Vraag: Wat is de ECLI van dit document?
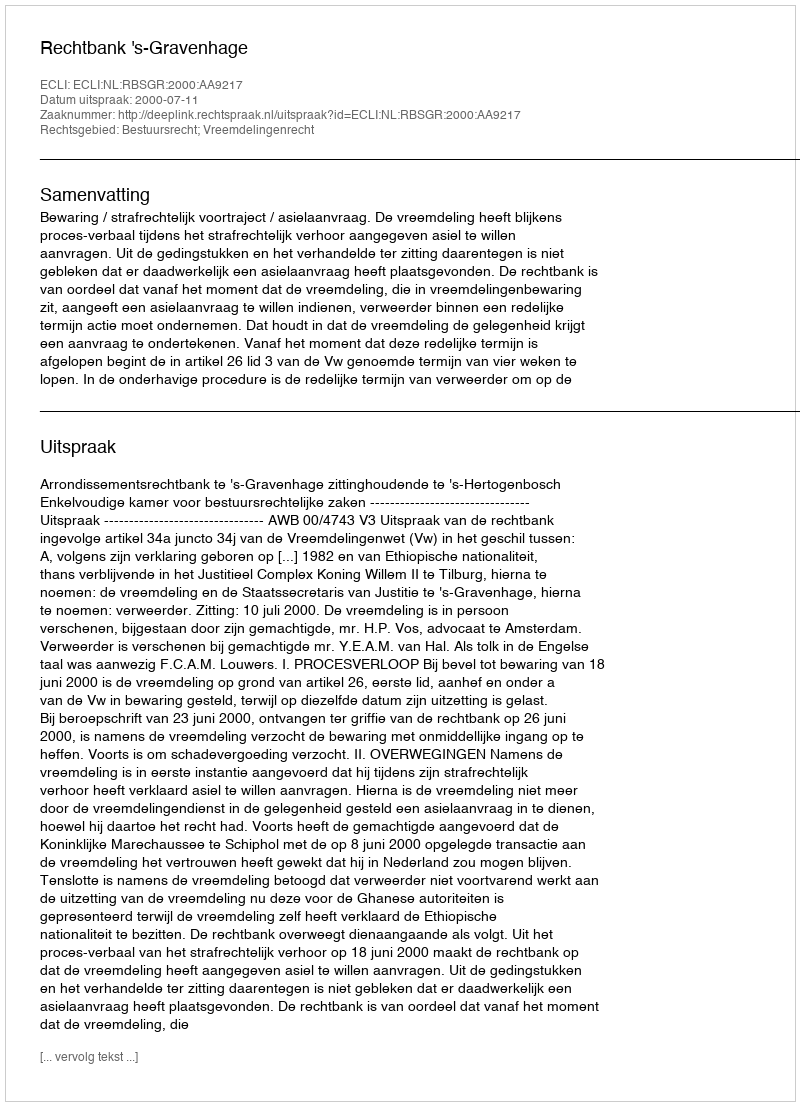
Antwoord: ECLI:NL:RBSGR:2000:AA9217